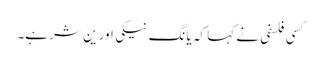
کسی فلسفی نے کہا کہ یانگ نیکی اور ین شر ہے۔